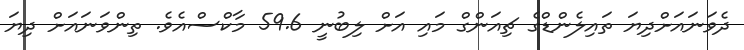
ދެވަނައަށްދިޔަ ތައިލެންޑްގެ ޗިއަންގް މައި އަށް ލިބުނީ 59.6 މާކްސްއެވެ. ތިންވަނައަށް ދިޔަ